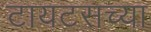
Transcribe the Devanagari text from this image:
टायटसच्या